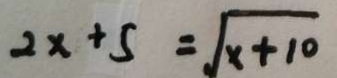
2 x + 5 = \sqrt { x + 1 0 }